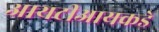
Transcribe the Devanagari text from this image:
आयटीआयकडे